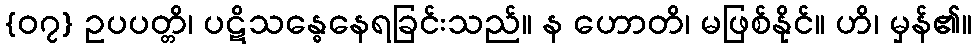
{၀၇} ဥပပတ္တိ၊ ပဋိသန္ဓေနေရခြင်းသည်။ န ဟောတိ၊ မဖြစ်နိုင်။ ဟိ၊ မှန်၏။